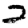
Digit: 2